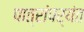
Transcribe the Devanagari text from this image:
पात्रांपर्यंत